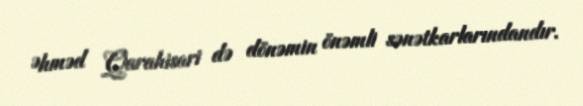
Əhməd Qarahisari də dönəmin önəmli sənətkarlarındandır.